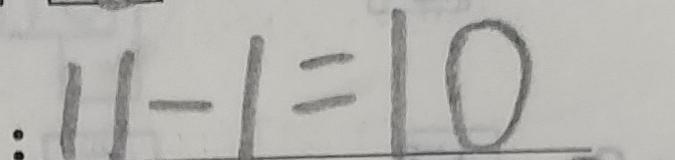
: 1 1 - 1 = 1 0